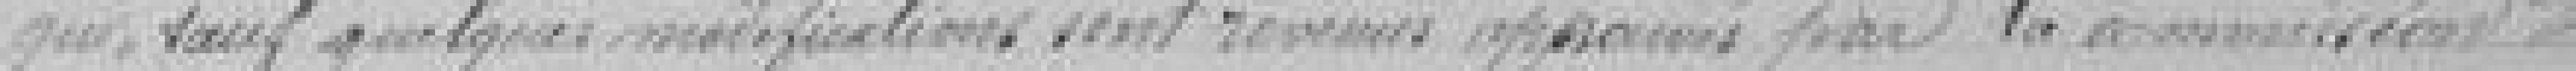
qui, sauf quelques modifications sont revenus approuvés par la commission des